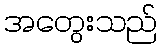
အတွေးသည်